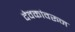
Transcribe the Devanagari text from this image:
देवकांवरून